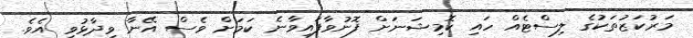
މަރުކަޒުތަކުގެ ލިސްޓެއް ހައި ކޮމިޝަނަށް ފޮނުވާފައިވާނެ ކަމަށް ވެސް އޭނާ ވިދާޅުވި އެވެ.